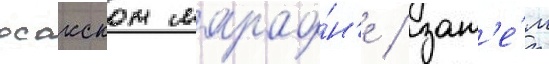
осакском марафо́н'е / зат'е́м